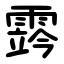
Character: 霠